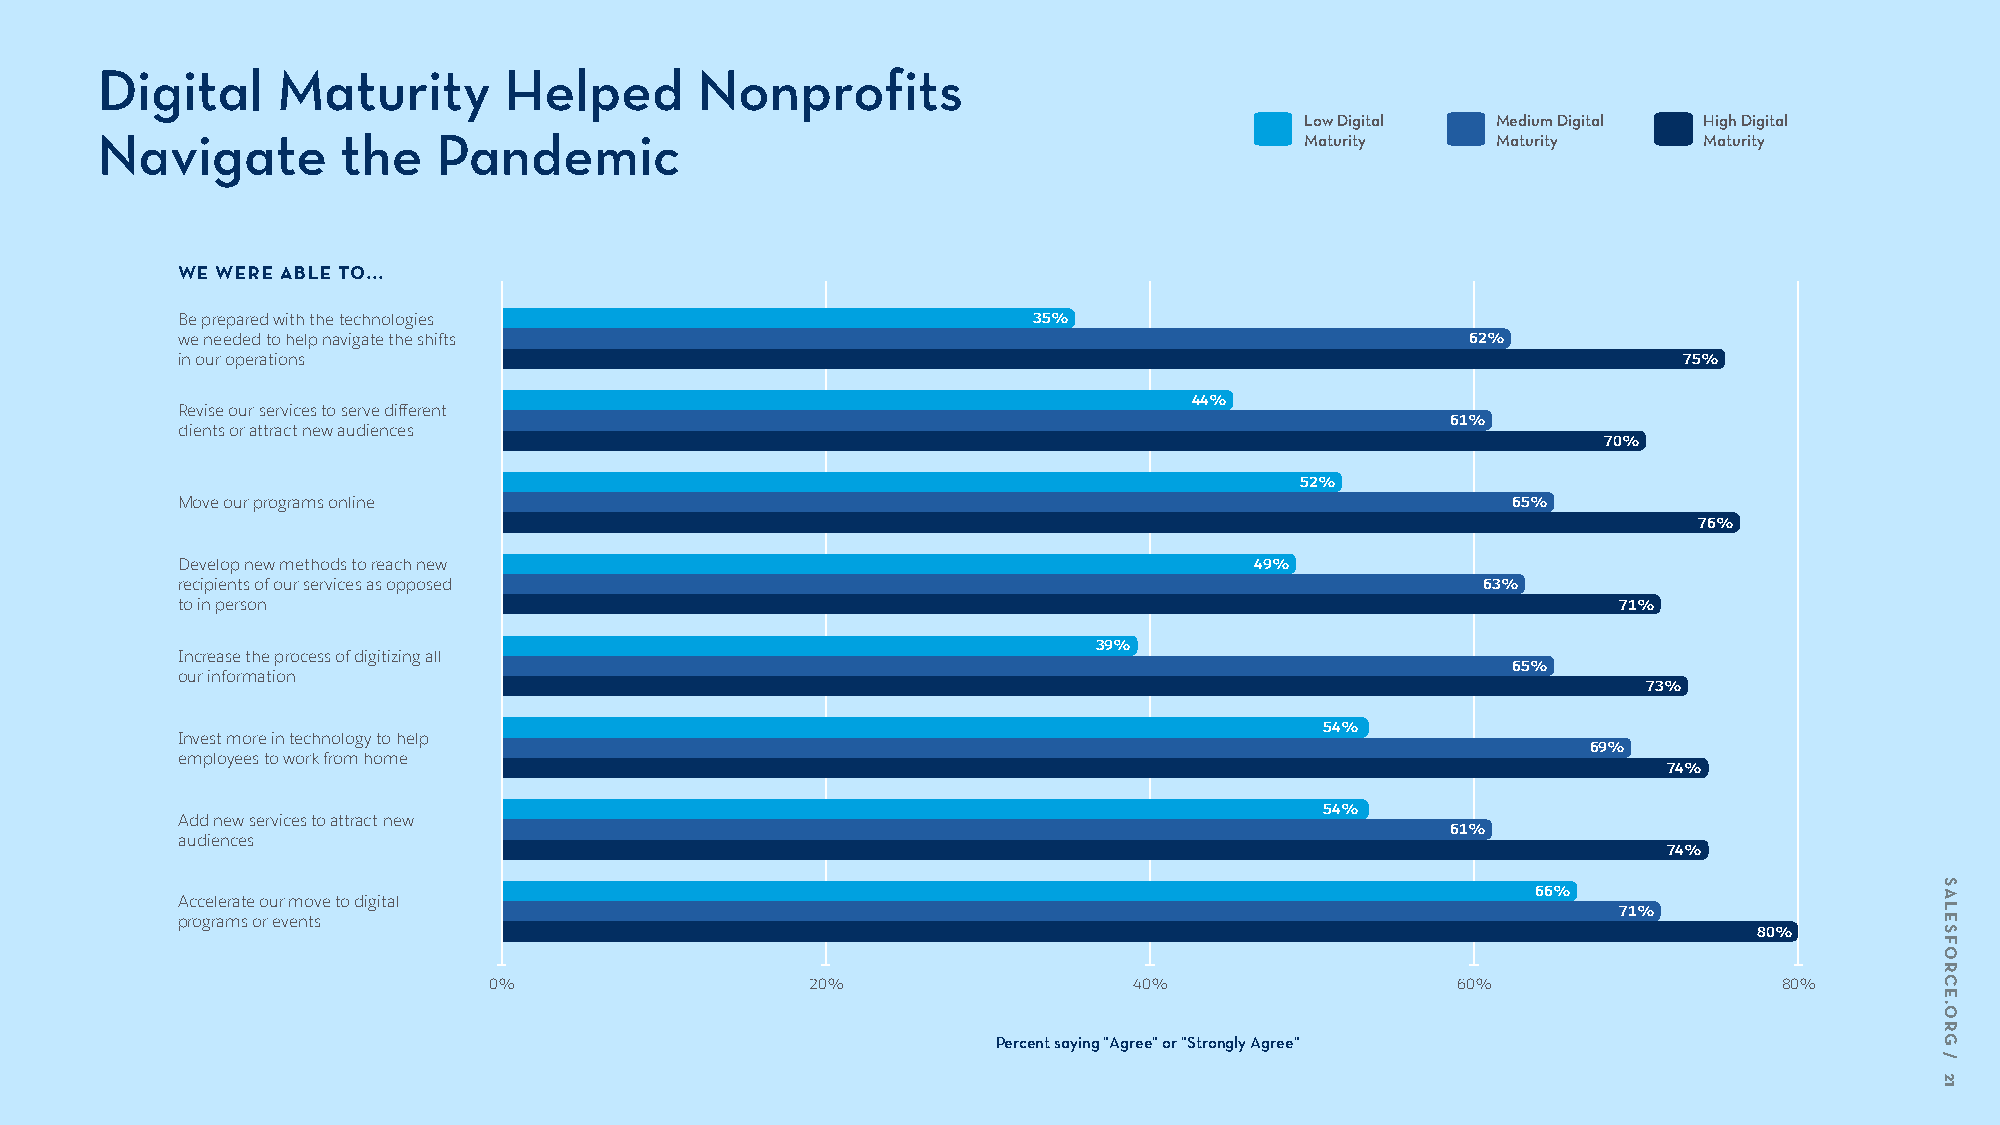
Digital     Maturity       Helped       Nonprofits
 Low Digital  Medium Digital High Digital
 Navigate         the   Pandemic                                                 Maturity     Maturity      Maturity
 WE WERE ABLE TO...
 Be prepared with the technologies                       35%
 we needed to help navigate the shifts                                                62%
 in our operations                                                                                  75%
 44%
 Revise our services to serve different
 61%
 clients or attract new audiences
 70%
 52%
 Move our programs online                                                                65%
 76%
 Develop new methods to reach new                                       49%
 recipients of our services as opposed                                                 63%
 to in person                                                                                   71%
 39%
 Increase the process of digitizing all
 65%
 our information
 73%
 54%
 Invest more in technology to help
 69%
 employees to work from home
 74%
 54%
 Add new services to attract new
 61%
 audiences
 74%
 66%
 Accelerate our move to digital
 71%
 programs or events
 80%
 0%                    20%                  40%                  60%                   80%
 Percent saying "Agree" or "Strongly Agree"
 SALESFORCE.ORG
 /
 21